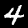
Label: 4